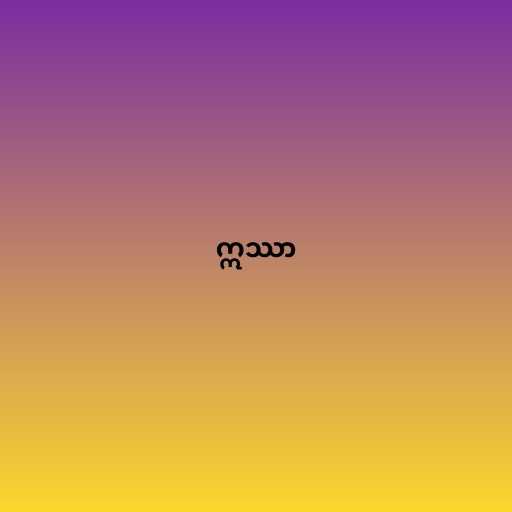
ဣဿာ